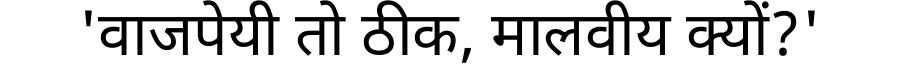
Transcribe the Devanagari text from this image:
'वाजपेयी तो ठीक, मालवीय क्यों?'